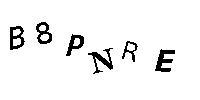
B8PNRE